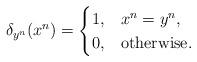
LaTeX: \begin{align*} \delta_{y^n}(x^n)= \begin{cases} 1,& x^n=y^n,\\ 0,& \mbox{otherwise.} \end{cases} \end{align*}